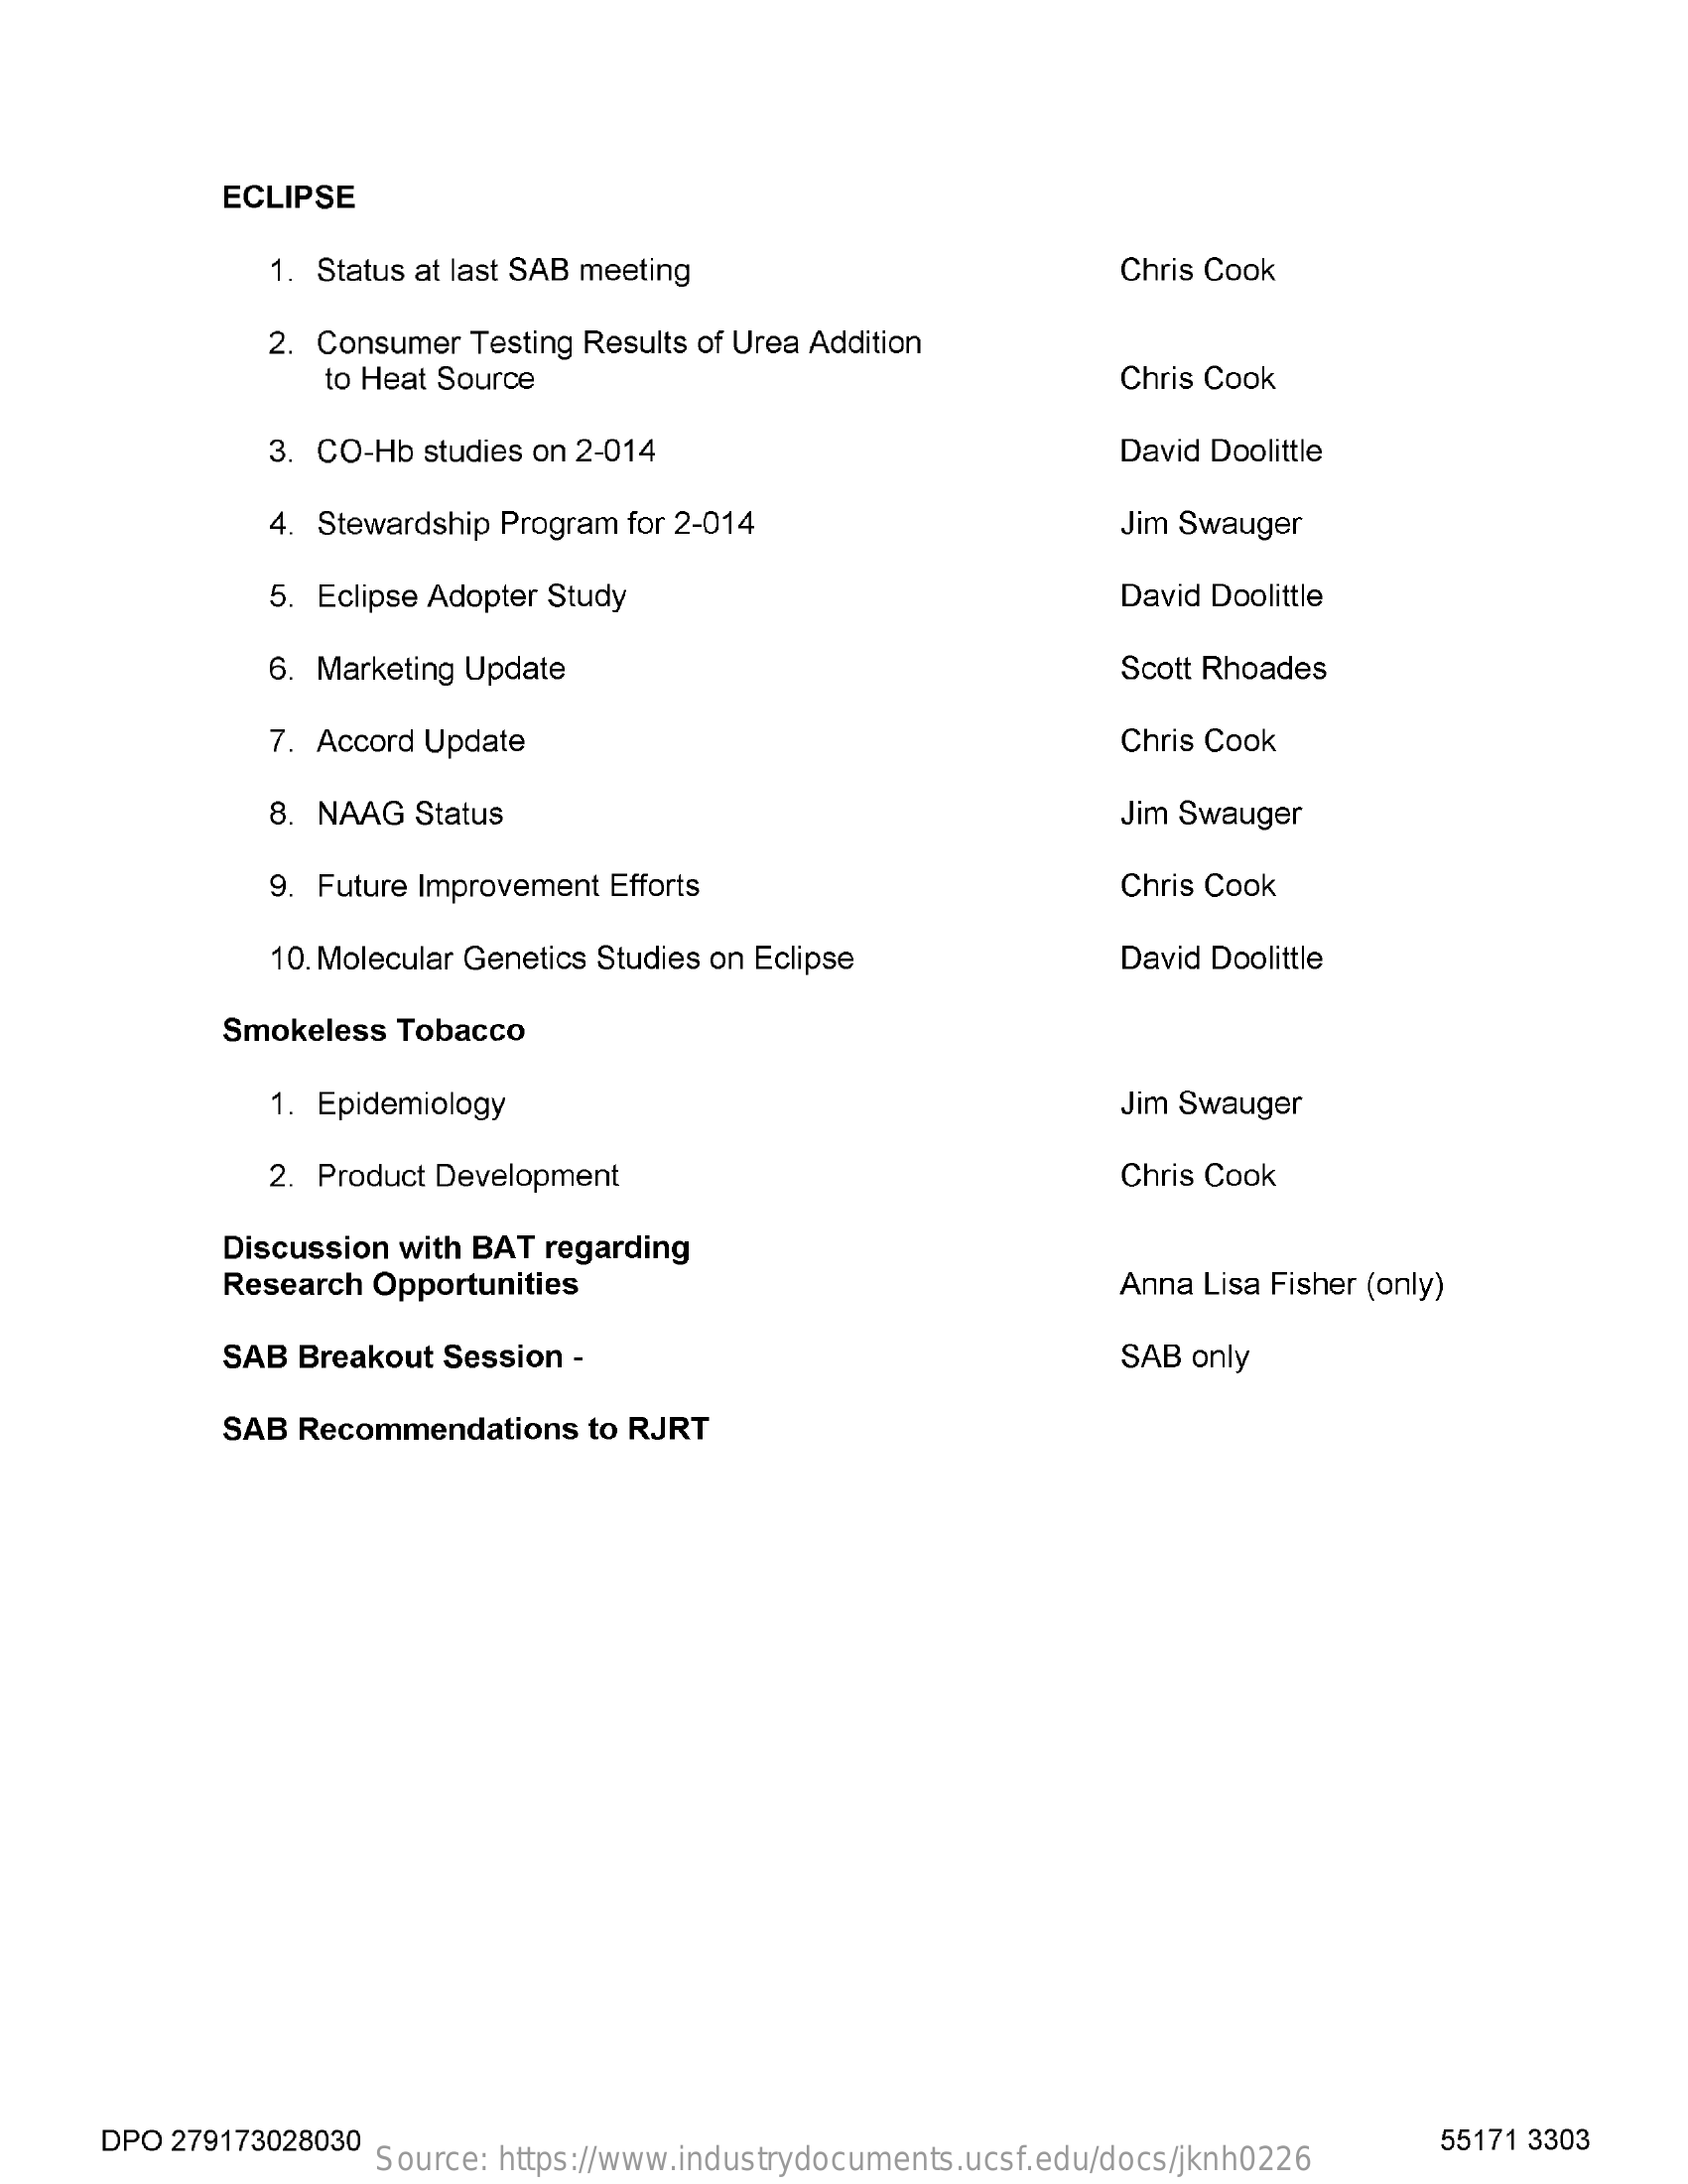
ECLIPSE
     1. Status at last SAB meeting    Chris Cook
     2. Consumer  Testing Results of Urea Addition
     to Heat Source    Chris Cook
     3. CO-Hb  studies on 2-014    David Doolittle
     4. Stewardship Program for 2-014    Jim Swauger
     5. Eclipse Adopter Study    David Doolittle
     6. Marketing Update    Scott Rhoades
     7. Accord Update    Chris Cook
     8. NAAG Status    Jim Swauger
     9. Future Improvement Efforts    Chris Cook
     10. Molecular Genetics Studies on Eclipse    David Doolittle
     Smokeless  Tobacco
     1. Epidemiology    Jim Swauger
     2. Product Development    Chris Cook
     Discussion with BAT regarding
     Research  Opportunities    Anna Lisa Fisher (only)
     SAB  Breakout Session -    SAB only
     SAB  Recommendations   to RJRT
     DPO 279173028030
     Source: https://www.industrydocuments.ucsf.edu/docs/jknh0226
     55171 3303